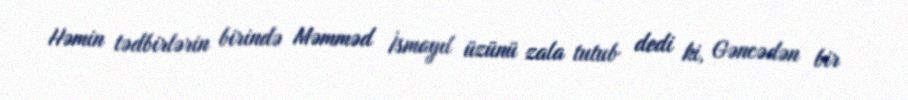
Həmin tədbirlərin birində Məmməd İsmayıl üzünü zala tutub dedi ki, Gəncədən bir